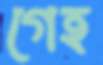
গেহ